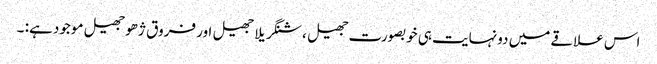
اس علاقے میں دونہایت ہی خوبصورت جھیل ، شنگریلا جھیل اور فروق ژھو جھیل موجود ہے: ۔